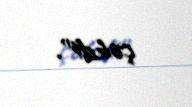
çəkdi".